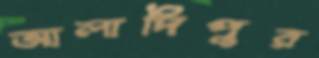
আলাদিপুর